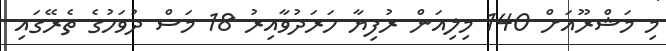
މި މަޝްރޫއަށް 140 މިލިއަން ރުފިޔާ ހަރަދުވާއިރު 18 މަސް ދުވަހުގެ ތެރޭގައި